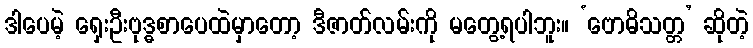
ဒါပေမဲ့ ရှေးဦးဗုဒ္ဓစာပေထဲမှာတော့ ဒီဇာတ်လမ်းကို မတွေ့ရပါဘူး။ ‘ဗောဓိသတ္တ’ ဆိုတဲ့